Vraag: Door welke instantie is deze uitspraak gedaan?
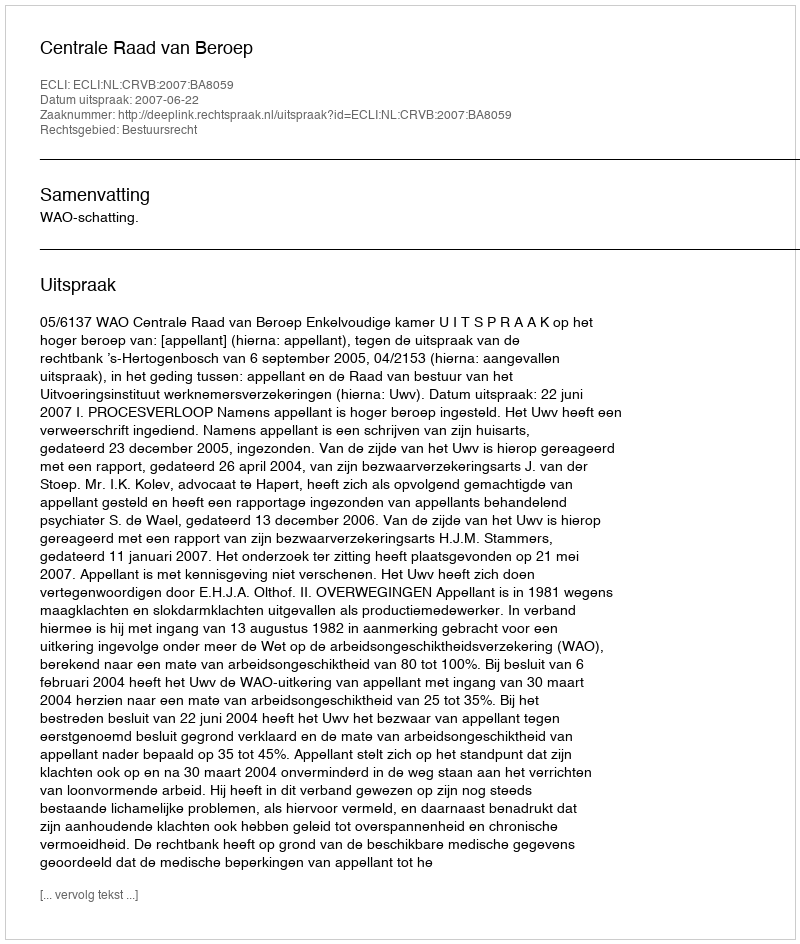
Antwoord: Centrale Raad van Beroep